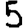
Digit: 5